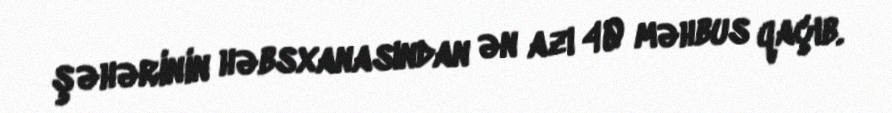
şəhərinin həbsxanasından ən azı 40 məhbus qaçıb.